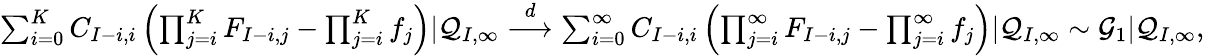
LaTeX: \begin{array}{r}{\sum_{i=0}^{K}C_{I-i,i}\left(\prod_{j=i}^{K}F_{I-i,j}-\prod_{j=i}^{K}f_{j}\right)|\mathcal{Q}_{I,\infty}\overset{d}{\longrightarrow}\sum_{i=0}^{\infty}C_{I-i,i}\left(\prod_{j=i}^{\infty}F_{I-i,j}-\prod_{j=i}^{\infty}f_{j}\right)|\mathcal{Q}_{I,\infty}\sim\mathcal{G}_{1}|\mathcal{Q}_{I,\infty},}\end{array}